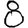
Digit: 8